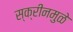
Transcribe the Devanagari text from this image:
स्क्रीनमुळे